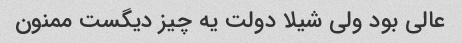
عالی بود ولی شیلا دولت یه چیز دیگست ممنون